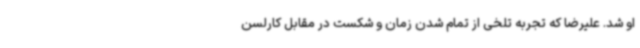
او شد. علیرضا که تجربه تلخی از تمام شدن زمان و شکست در مقابل کارلسن